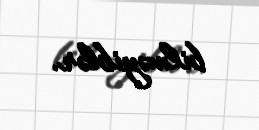
bilməyiblər.